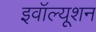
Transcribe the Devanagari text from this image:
इवॉल्यूशन